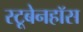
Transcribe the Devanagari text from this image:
स्टूबेनहॉस